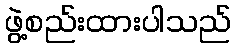
ဖွဲ့စည်းထားပါသည်